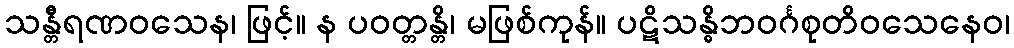
သန္တီရဏဝသေန၊ ဖြင့်။ န ပဝတ္တန္တိ၊ မဖြစ်ကုန်။ ပဋိသန္ဓိဘဝင်္ဂစုတိဝသေနေဝ၊